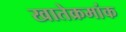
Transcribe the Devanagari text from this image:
खातेक्रमांक